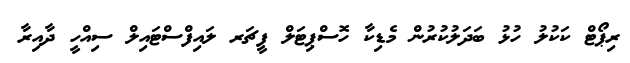
ރިޕޯޓް ކަކުލު ހުޅު ބަދަލުކުރުން މެޑިކާ ހޮސްޕިޓަލް ފީޗަރ ލައިފްސްޓައިލް ސިއްހީ ދާއިރާ